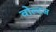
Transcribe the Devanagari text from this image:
वोल्टज